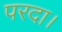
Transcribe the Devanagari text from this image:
परदा।